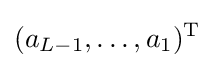
(a_{L-1},\ldots ,a_{1})^{\mathrm {T} }